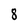
Character: 8